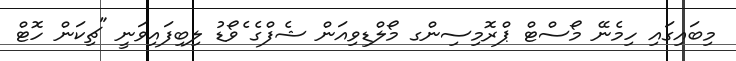
މިބައިގައި ހިމެނޭ މޯސްޓް ޕްރޮމިސިންގ މޯލްޑިވިއަން ޝެފްގެ ެވޯޑު ލިބިފައިވަނީ "ޗިކަން ހޮޓް